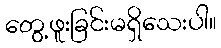
တွေ့ဖူးခြင်းမရှိသေးပါ။